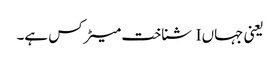
یعنی جہاں I شناخت میٹرکس ہے۔